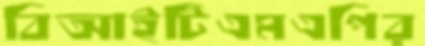
বিআইটিএমএপির